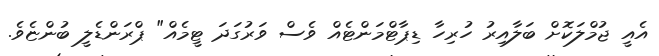
އެއީ ޖުމްލަކޮށް ބަލާއިރު ހުރިހާ ޑިޕާޓްމަންޓެއް ވެސް ވަރުގަދަ ޓީމެއް" ޕްރަންޑެލީ ބުންޏެވެ.